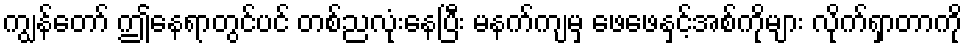
ကျွန်တော် ဤနေရာတွင်ပင် တစ်ညလုံးနေပြီး မနက်ကျမှ ဖေဖေနှင့်အစ်ကိုများ လိုက်ရှာတာကို